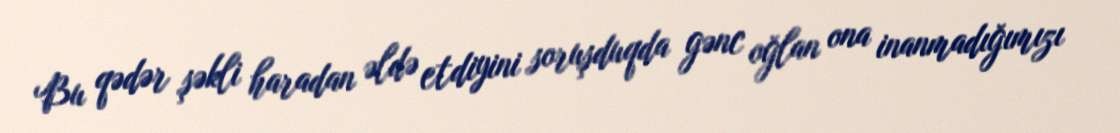
Bu qədər şəkli haradan əldə etdiyini soruşduqda gənc oğlan ona inanmadığımızı